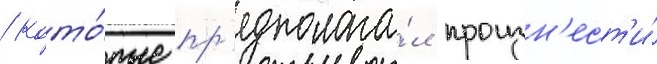
/ кото́рые пр'едполага́л произн'ест'и́